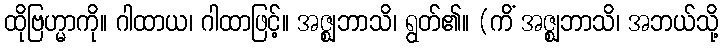
ထိုဗြဟ္မာကို။ ဂါထာယ၊ ဂါထာဖြင့်။ အဇ္ဈဘာသိ၊ ရွတ်၏။ (ကိံ အဇ္ဈဘာသိ၊ အဘယ်သို့